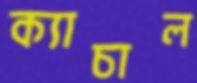
ক্যাচাল